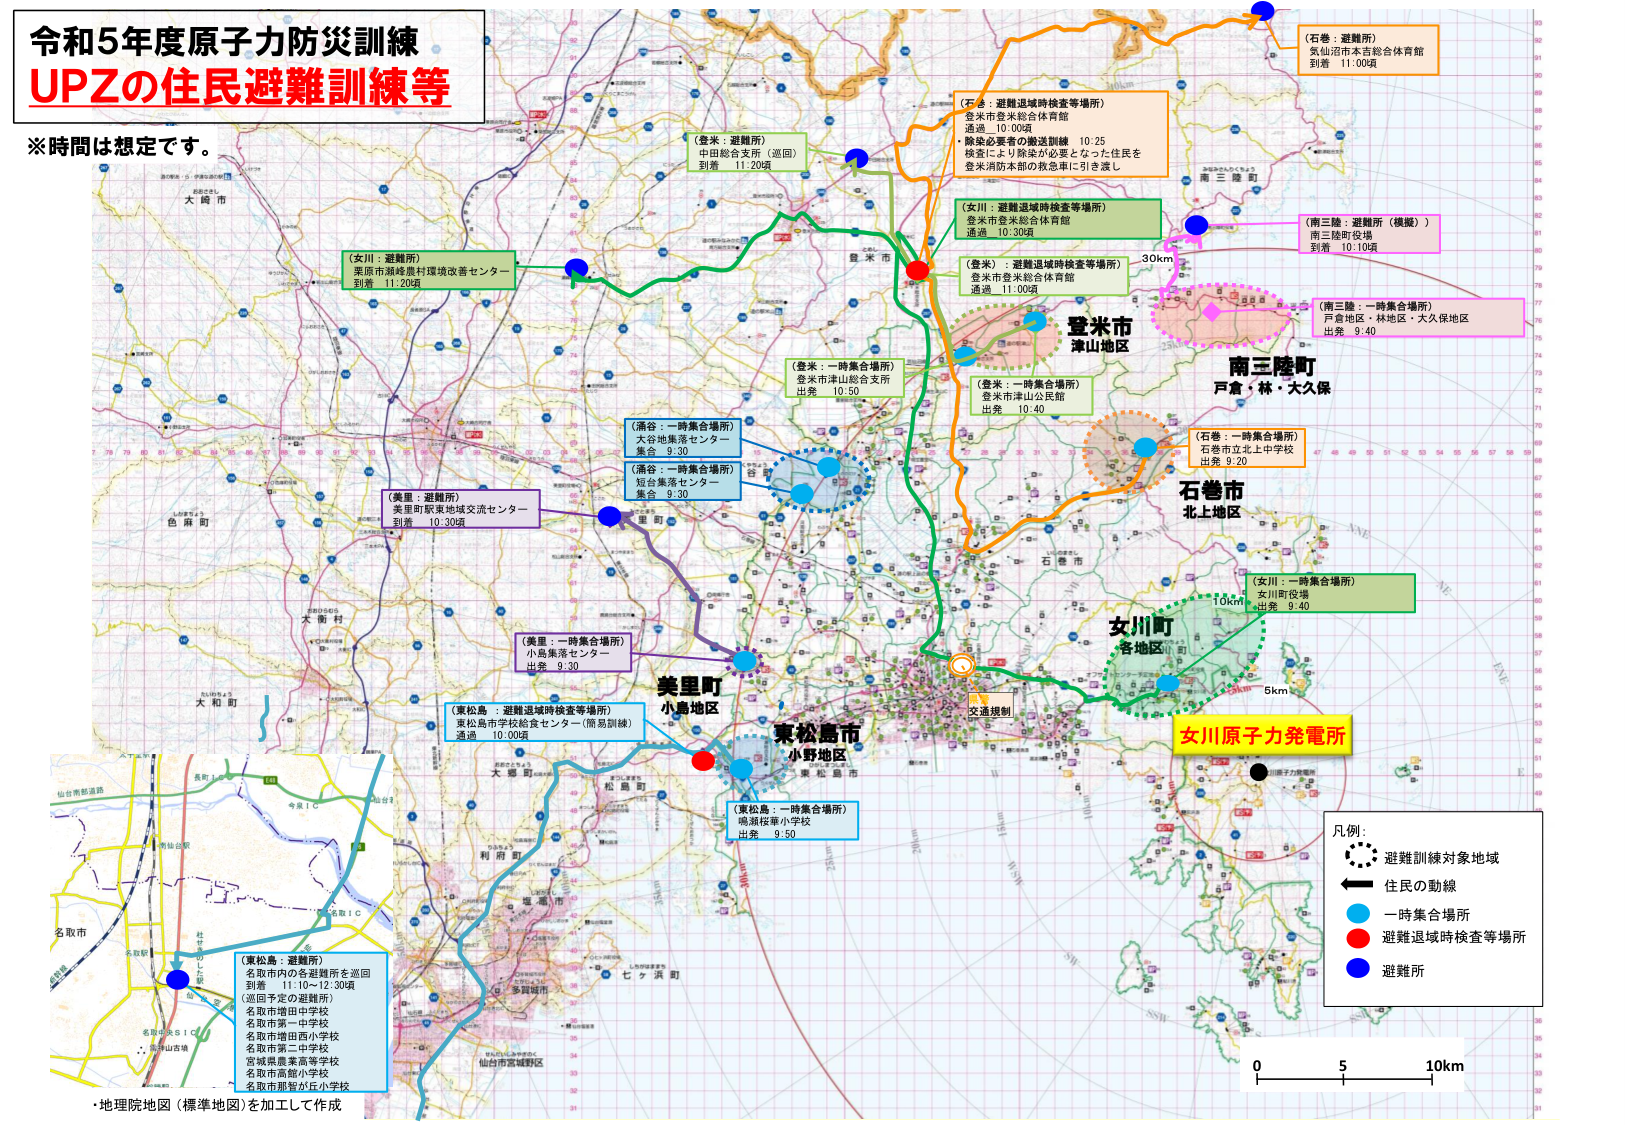
令和5年度原子力防災訓練
UPZの住民避難訓練等

※時間は想定です。

（石巻：避難所）
気仙沼市本吉総合体育館
到着 11:00頃

（石巻：避難退域時検査等場所）
登米市登米総合体育館
通過 10:00頃
・除染必要者の搬送訓練 10:25
・検査により除染が必要となった住民を
登米消防本部の救急車に引き渡し

（女川：避難退域時検査等場所）
登米市登米総合体育館
通過 10:30頃

（登米：避難退域時検査等場所）
登米市登米総合体育館
通過 11:00頃

（南三陸：避難所（模擬））
南三陸町役場
到着 10:10頃

（南三陸：一時集合場所）
戸倉地区・林地区・大久保地区
出発 9:40

（登米：一時集合場所）
登米市津山総合支所
出発 10:50

（登米：一時集合場所）
登米市津山公民館
出発 10:40

（石巻：一時集合場所）
石巻市立北上中学校
出発 9:20

（女川：一時集合場所）
女川町役場
出発 9:40

（涌谷：一時集合場所）
大谷地集落センター
集合 9:30

（涌谷：一時集合場所）
短島集落センター
集合 9:30

（美里：避難所）
栗原市御峰農村環境改善センター
到着 11:20頃

（美里：一時集合場所）
小島集落センター
出発 9:30

（美里：避難所）
美里町駅東地域交流センター
到着 10:30頃

（東松島：避難退域時検査等場所）
東松島市学校給食センター（簡易訓練）
通過 10:00頃

（東松島：一時集合場所）
鳴瀬桜華小学校
出発 9:50

（東松島：避難所）
名取市内の各避難所を巡回
到着 11:10～12:30頃
（巡回予定の避難所）
名取市増田中学校
名取市第一中学校
名取市増田西小学校
名取市第二中学校
宮城県産業高等学校
名取市高館小学校
名取市那智が丘小学校

登米市
津山地区

南三陸町
戸倉・林・大久保

石巻市
北上地区

女川町
各地区

東松島市
小野地区

美里町
小島地区

女川原子力発電所

交通規制

凡例：
・避難訓練対象地域
・住民の動線
・一時集合場所
・避難退域時検査等場所
・避難所

0 5 10km

・地理院地図（標準地図）を加工して作成